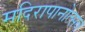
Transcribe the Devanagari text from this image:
मदिरापानोत्सव